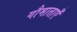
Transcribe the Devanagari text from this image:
गौमाताएँ